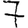
Digit: 7